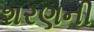
શરણની